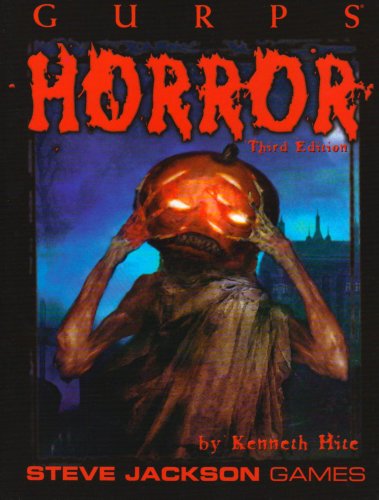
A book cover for GURPS Horror; Kenneth Hite; Science Fiction & Fantasy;